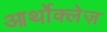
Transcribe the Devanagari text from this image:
आर्थोक्लेज़